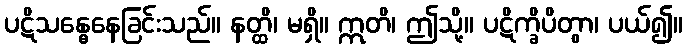
ပဋိသန္ဓေနေခြင်းသည်။ နတ္ထိ၊ မရှိ။ ဣတိ၊ ဤသို့။ ပဋိက္ခိပိတွာ၊ ပယ်၍။